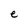
Character: e